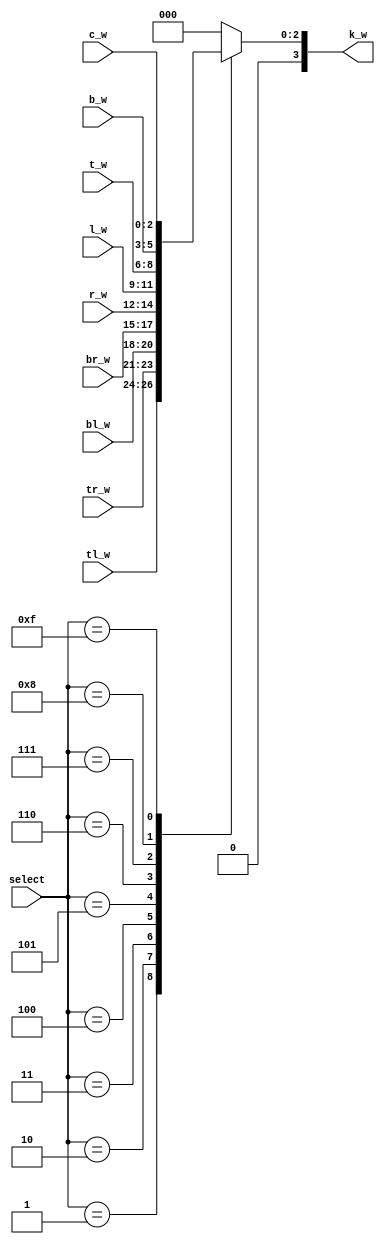
module kernel_wmux (
  input [0:2] tl_w,
  input [0:2] tr_w,
  input [0:2] bl_w,
  input [0:2] br_w,
  input [0:2] r_w,
  input [0:2] l_w,
  input [0:2] t_w,
  input [0:2] b_w,
  input [0:2] c_w,
  input [0:3] select,
  output reg [0:3] k_w
);

  always @* begin
    case (select)
      4'b0001: k_w = tl_w;
      4'b0010: k_w = tr_w;
      4'b0011: k_w = bl_w;
      4'b0100: k_w = br_w;
      4'b0101: k_w = r_w;
      4'b0110: k_w = l_w;
      4'b0111: k_w = t_w;
      4'b1000: k_w = b_w;
      4'b1111: k_w = c_w;
      default: k_w = 4'b0; // Default output when select is out of range
    endcase
  end

endmodule